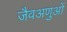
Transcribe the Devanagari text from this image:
जैवअणुओं